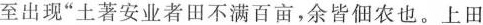
至出现”土著安业者田不满百亩，余皆佃农也。上田